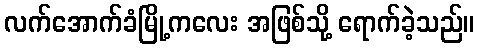
လက်အောက်ခံမြို့ကလေး အဖြစ်သို့ ရောက်ခဲ့သည်။